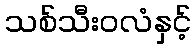
သစ်သီးဝလံနှင့်